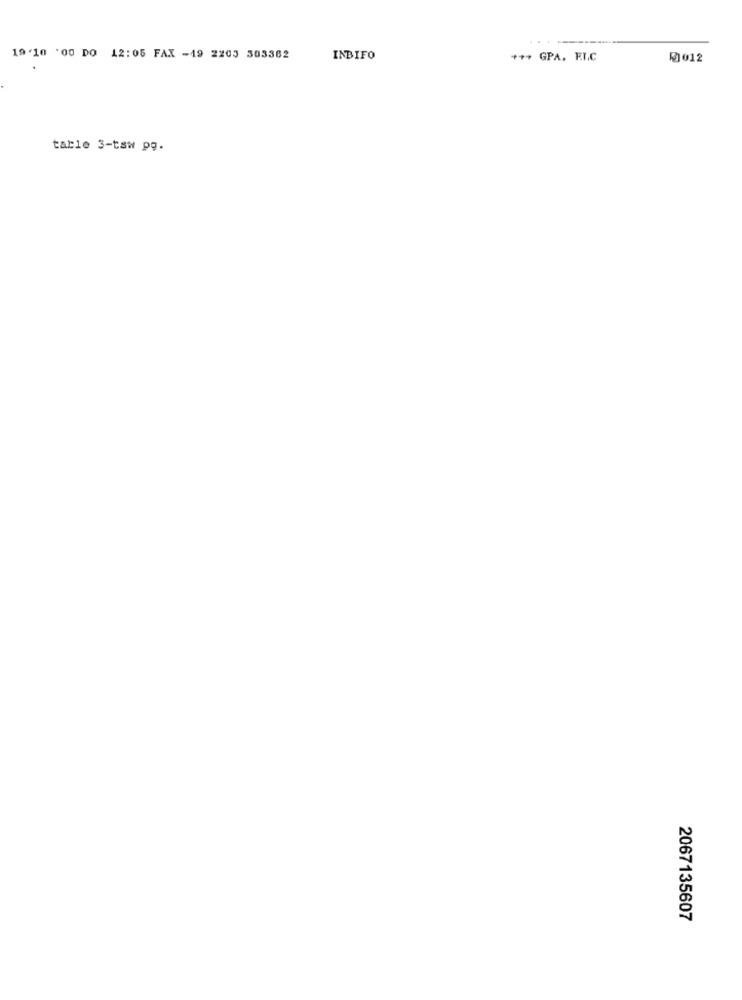
19.10 :00 DO 12:05 FAX -49 2203 303362
INBIFO
+++ GPA. E.L.C
0012
table 3-tsw pg.
2067135607